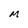
Character: M